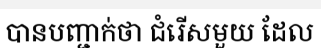
បានបញ្ជាក់ថា ជំរើសមួយ ដែល